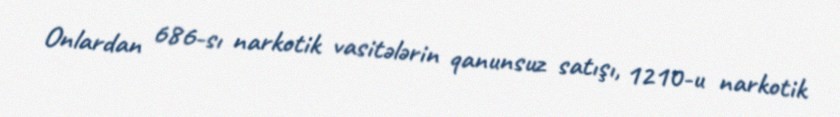
Onlardan 686-sı narkotik vasitələrin qanunsuz satışı, 1210-u narkotik